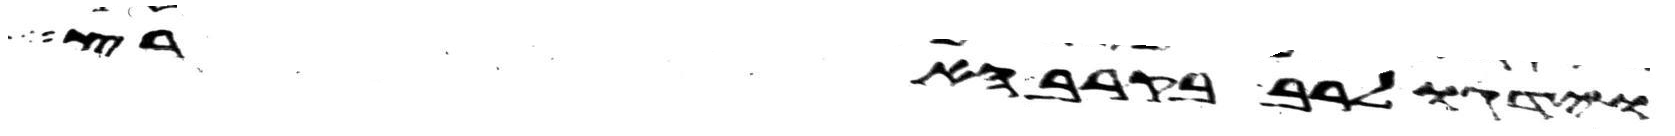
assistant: וידגו לרב בקרב הארץ